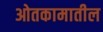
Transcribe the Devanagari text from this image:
ओतकामातील